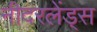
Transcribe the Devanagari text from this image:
नीदरलेंड्स